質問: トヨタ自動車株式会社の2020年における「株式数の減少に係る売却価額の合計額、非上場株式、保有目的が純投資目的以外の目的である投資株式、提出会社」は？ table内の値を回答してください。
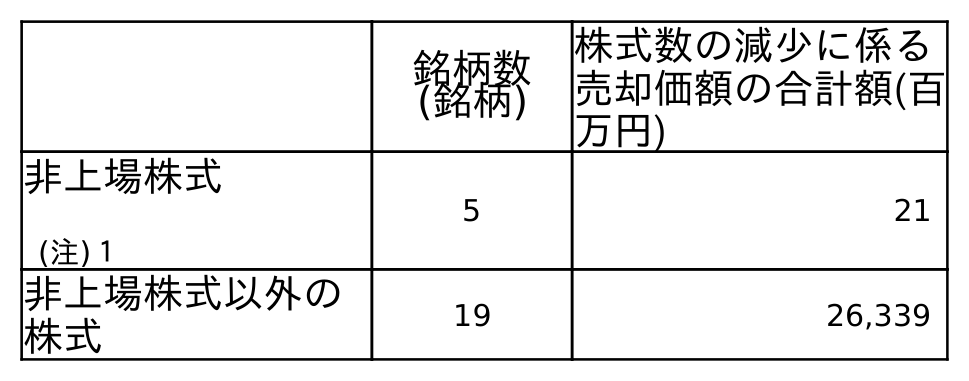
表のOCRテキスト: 銘柄数 (銘柄) 株式数の減少に係る 売却価額の合計額(百 万円) 非上場株式 (注)１ 5 21 非上場株式以外の 株式 19 26,339
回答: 21